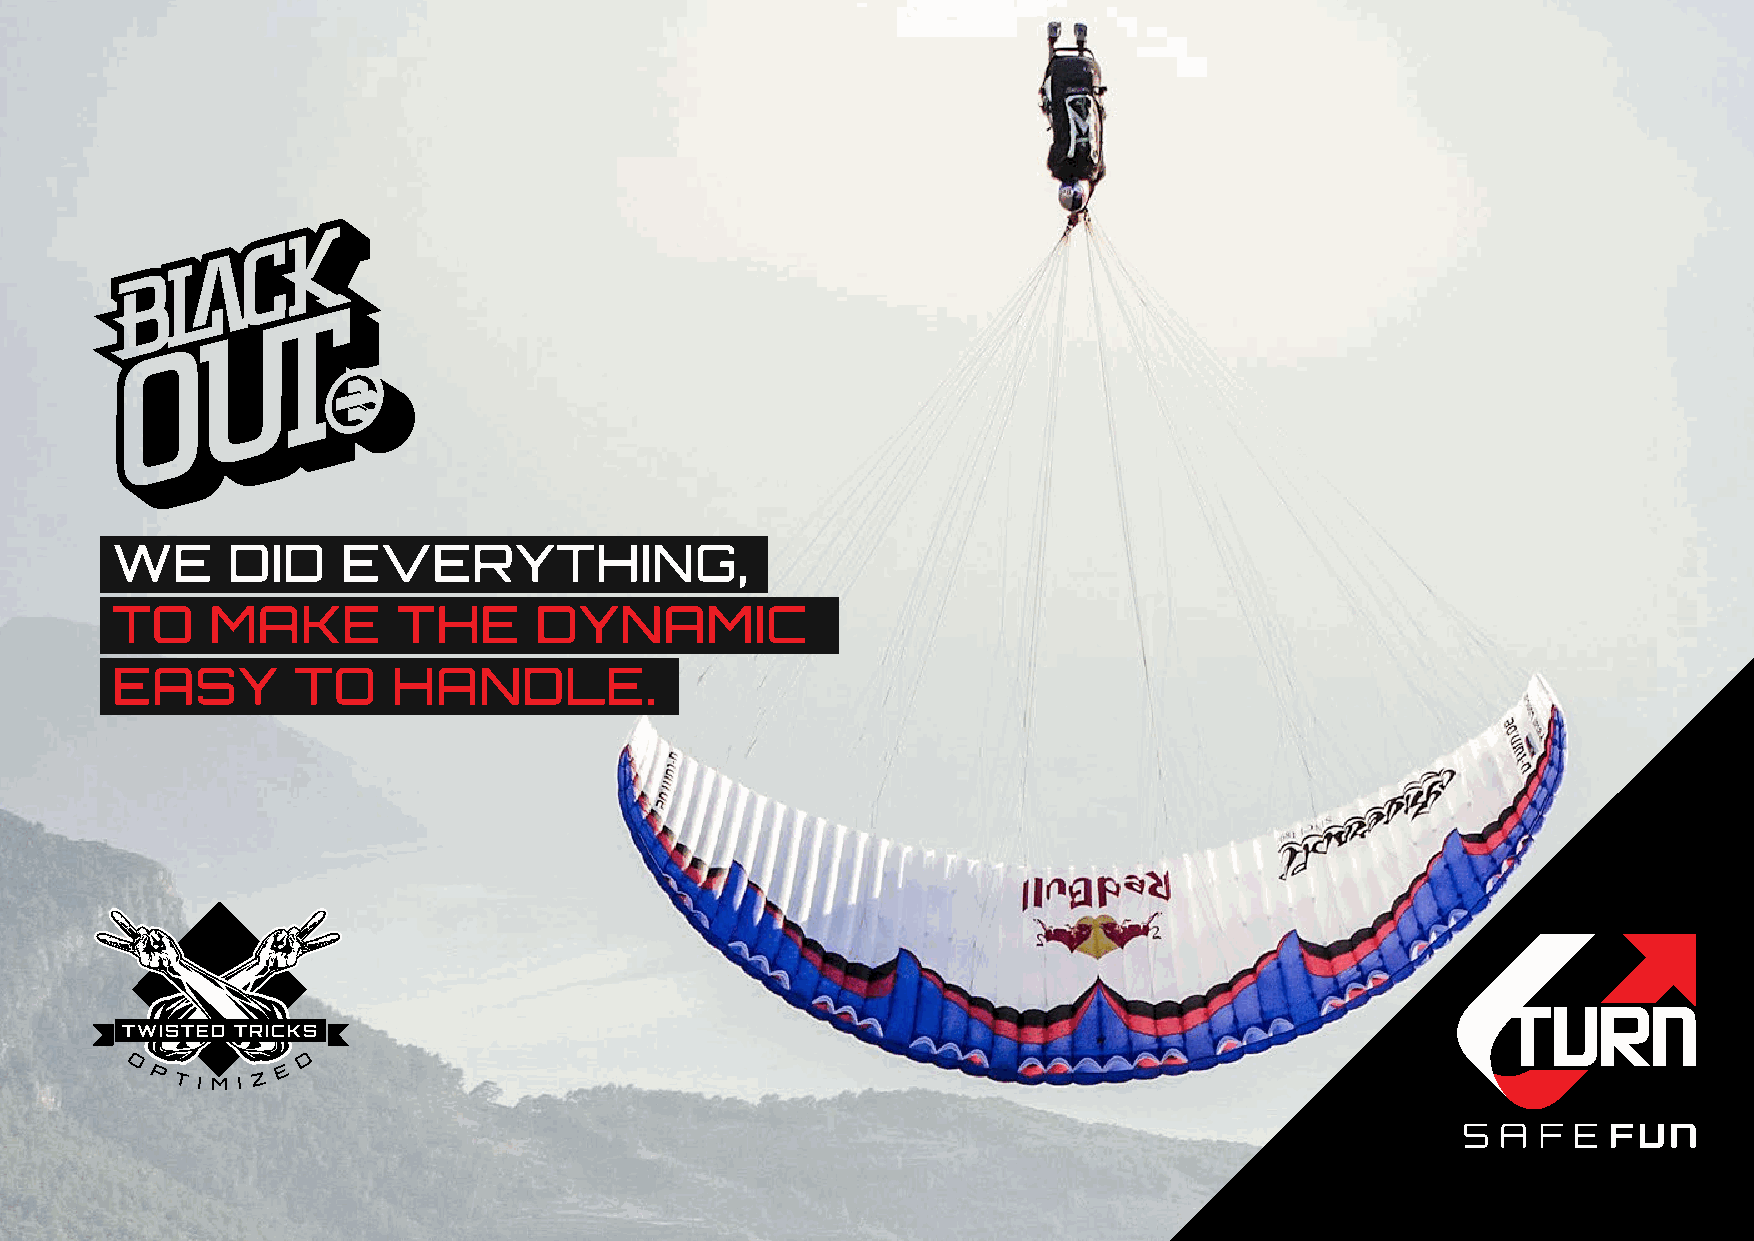
We      did     everything,
 to     make        the      dynamic
 easy        to     handle.
 LOW
 RISER
 PRESSURE
 TWISTED TRICKS
 DIRECTIONAL
 STABILITY